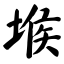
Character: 堠